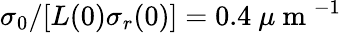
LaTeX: \sigma_{0}/[L(0)\sigma_{r}(0)]=0.4\ \mu\mathrm{~m~}^{-1}